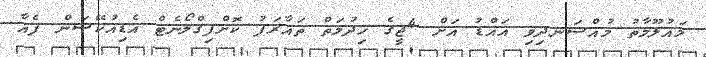
މައުލޫމާތު މުއްސަނދިވި އައްޑު އަށް 4ޖީގެ ހިދުމަތް ތައާރަފު ކޮށްފިގްލޯނެޓް އެޑިއުކޭޝަން ފެއާ